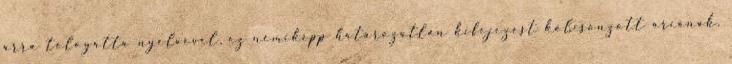
arra tologatta nyelvével, ez némiképp határozatlan kifejezést kölcsönzött arcának.